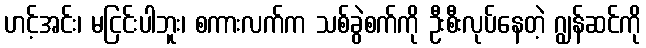
ဟင့်အင်း၊ မငြင်းပါဘူး၊ စကားလက်က သစ်ခွဲစက်ကို ဦးစီးလုပ်နေတဲ့ ဂျွန်ဆင်ကို